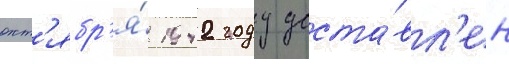
окт'ябр'я́ 1942 году доста́вл'ен